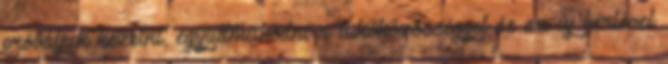
próbáljuk kezelni, együttműködni a lakóközösséggel és az új bérlővel